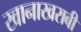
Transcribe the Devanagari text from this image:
खानाखराबी